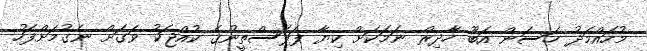
މުހައްމަދު ހަސަން އަބޫ ހާދިރް ނަމަކަށް ކިޔާ ފަލަސްތީނުގެ ކުއްޖަކު ވަގަށް ނެގުމަށްފަހު